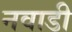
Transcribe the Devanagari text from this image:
नवाडी